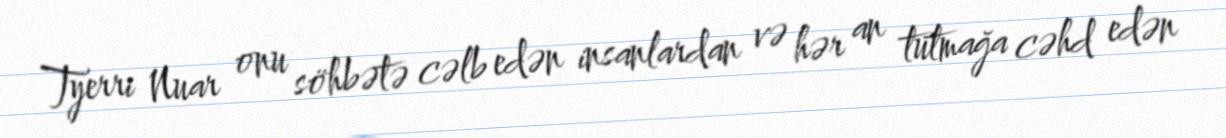
Tyerri Nuar onu söhbətə cəlb edən insanlardan və hər an tutmağa cəhd edən